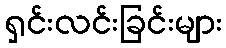
ရှင်းလင်းခြင်းများ